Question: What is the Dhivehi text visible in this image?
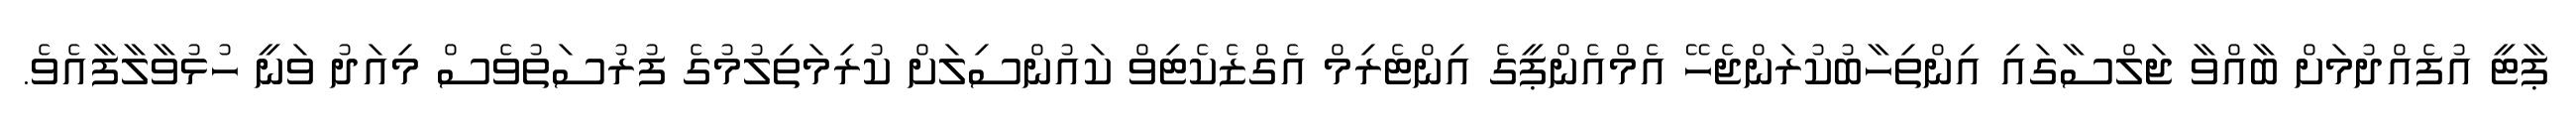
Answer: ޕާޓީ އުފެއްދުމަށް ބާއްވާ ޖަލްސާގައި އިންތިހާބުކުރަންޖެހޭ އެމްއެންޕީގެ އިންޓެރިމް އެގްޒެކެޓިވް ކައުންސިލަށް ކުރިމަތިލުމުގެ ފުރުސަތުވެސް މިއަދު ވަނީ ހުޅުވާލާފާއެވެ.